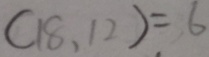
( 1 8 . 1 2 ) = 6